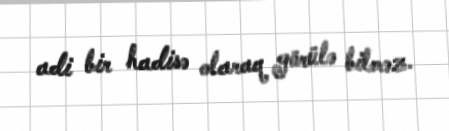
adi bir hadisə olaraq görülə bilməz.